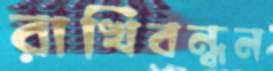
রাখিবন্ধন